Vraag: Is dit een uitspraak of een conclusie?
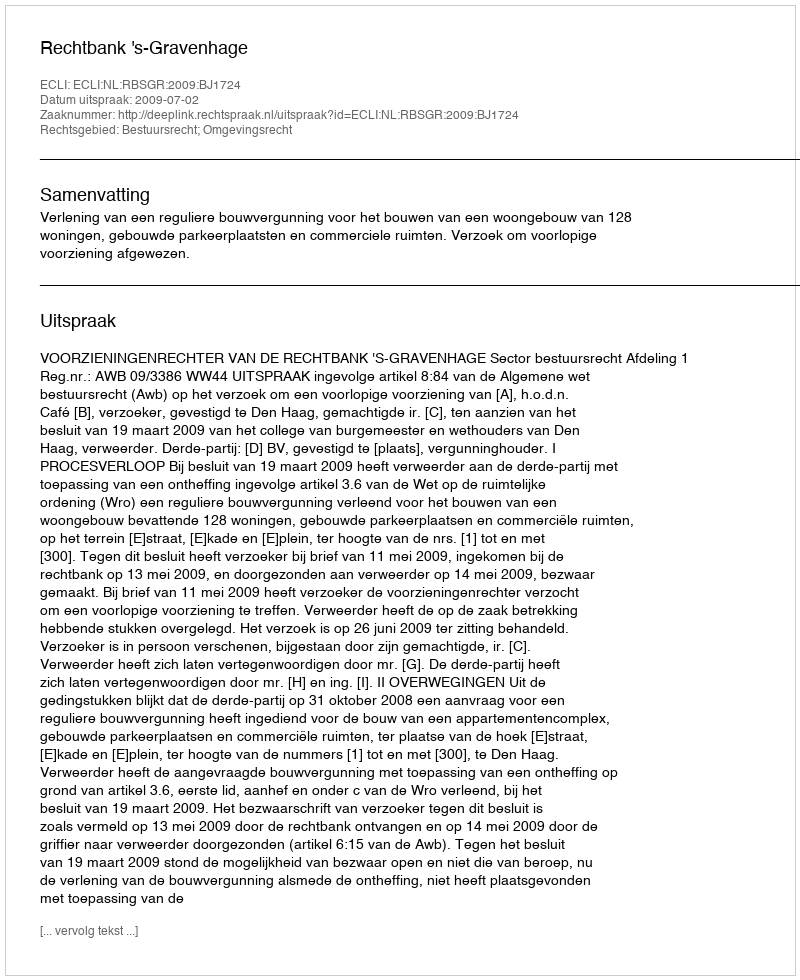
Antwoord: Uitspraak